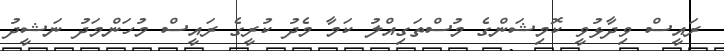
ރައީސް ވިދާޅުވީ ކޮމިޝަންގެ މުސްތަގިއްލު ކަމާ މެދު ކުރީގެ ރައީސް މުހަންމަދު ނަޝީދު